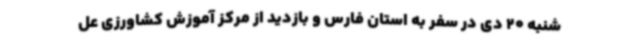
شنبه 20 دی در سفر به استان فارس و بازدید از مرکز آموزش کشاورزی عل